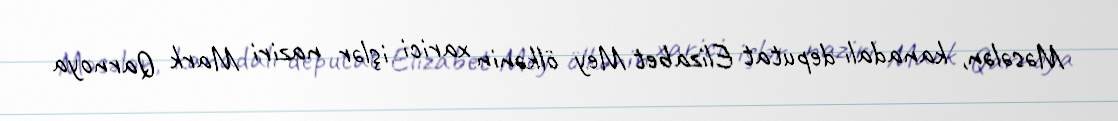
Məsələn, kanadalı deputat Elizabet Mey ölkənin xarici işlər naziri Mark Qarnoya